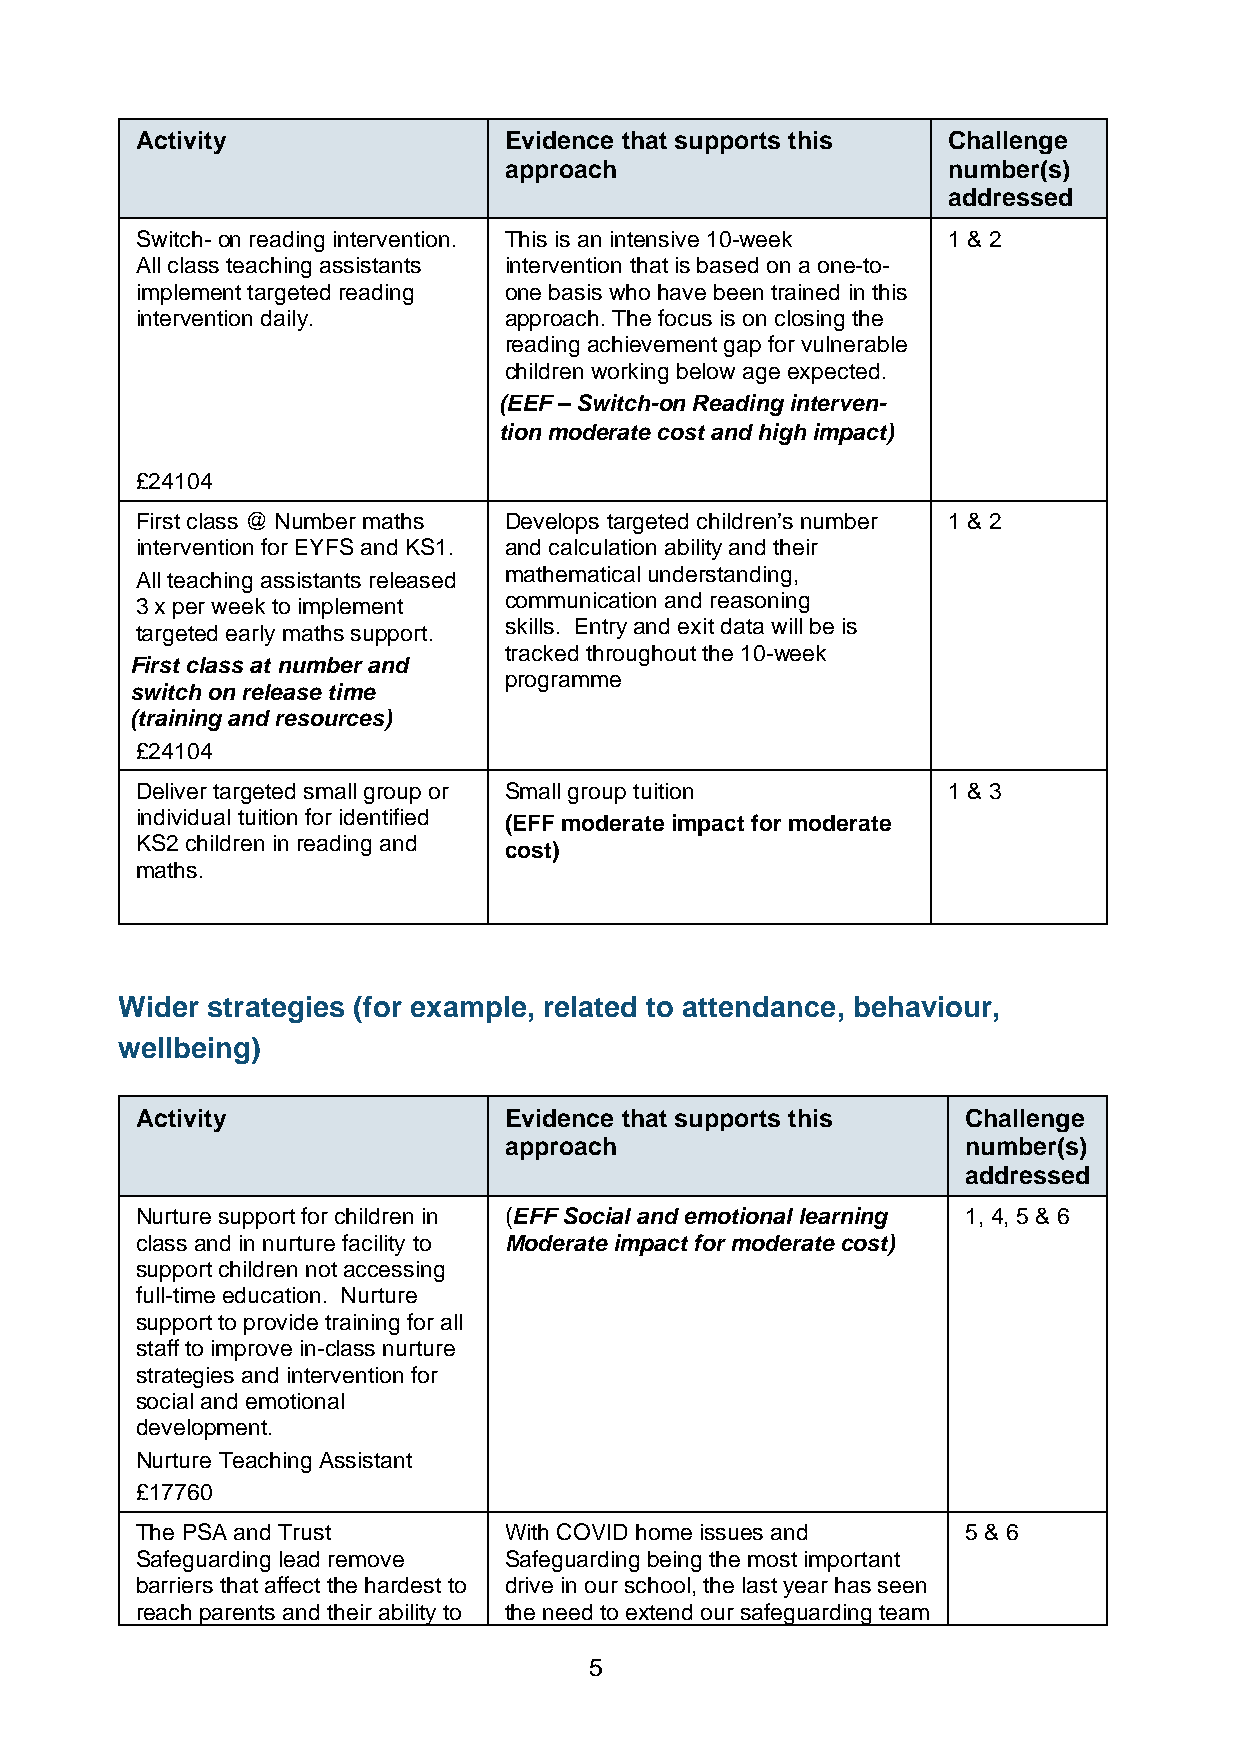
Activity                Evidence that supports this   Challenge
 approach                      number(s)
 addressed
 Switch- on reading intervention. This is an intensive 10-week 1 & 2
 All class teaching assistants intervention that is based on a one-to-
 implement targeted reading one basis who have been trained in this
 intervention daily.     approach. The focus is on closing the
 reading achievement gap for vulnerable
 children working below age expected.
 (EEF – Switch-on Reading interven-
 tion moderate cost and high impact)
 £24104
 First class @ Number maths Develops targeted children’s number 1 & 2
 intervention for EYFS and KS1. and calculation ability and their
 All teaching assistants released mathematical understanding,
 3 x per week to implement communication and reasoning
 skills. Entry and exit data will be is
 targeted early maths support.
 tracked throughout the 10-week
 First class at number and
 programme
 switch on release time
 (training and resources)
 £24104
 Deliver targeted small group or Small group tuition   1 & 3
 individual tuition for identified
 (EFF moderate impact for moderate
 KS2 children in reading and
 cost)
 maths.
 Wider strategies (for example, related to attendance, behaviour,
 wellbeing)
 Activity                Evidence that supports this    Challenge
 approach                       number(s)
 addressed
 Nurture support for children in (EFF Social and emotional learning 1, 4, 5 & 6
 class and in nurture facility to Moderate impact for moderate cost)
 support children not accessing
 full-time education. Nurture
 support to provide training for all
 staff to improve in-class nurture
 strategies and intervention for
 social and emotional
 development.
 Nurture Teaching Assistant
 £17760
 The PSA and Trust       With COVID home issues and     5 & 6
 Safeguarding lead remove Safeguarding being the most important
 barriers that affect the hardest to drive in our school, the last year has seen
 reach parents and their ability to the need to extend our safeguarding team
 5